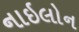
નાઇલોન